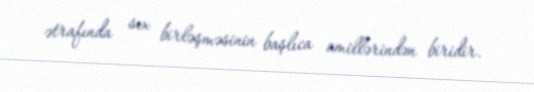
ətrafında sıx birləşməsinin başlıca amillərindən biridir.